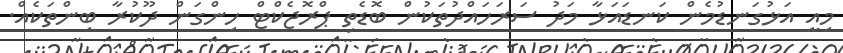
މިއީ އަޅުގަނޑުމެން ކަނޑައަޅާ މަދު ސަރަހައްދުތަކުން ބޮޑެތި ޕްރޮޖެކްޓް ހިންގަން ދޫކުރާ ބިންތަކެއް.